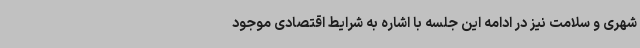
شهری و سلامت نیز در ادامه این جلسه با اشاره به شرایط اقتصادی موجود